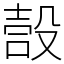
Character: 嗀